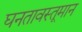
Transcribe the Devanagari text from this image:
घनतावस्तूमान